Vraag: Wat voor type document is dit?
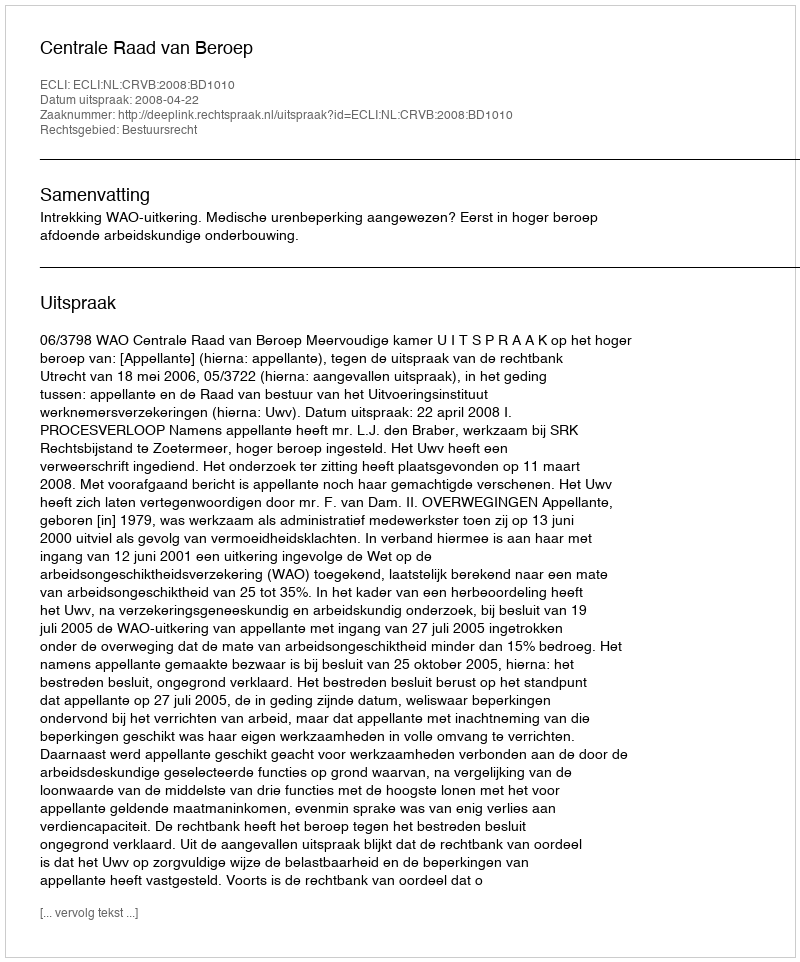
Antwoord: Uitspraak